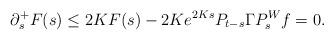
LaTeX: \begin{align*}\partial_s^+ F(s) \leq 2KF(s) - 2K e^{2Ks} P_{t-s} \Gamma P_{s}^W f = 0.\end{align*}